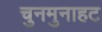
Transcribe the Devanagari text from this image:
चुनमुनाहट